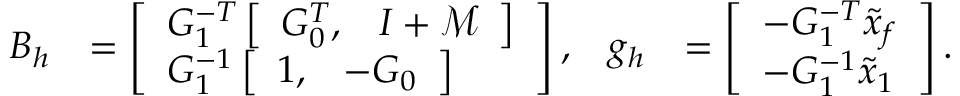
\begin{array} { r l r l } { B _ { h } } & { = \left[ \begin{array} { l } { G _ { 1 } ^ { - T } \left[ \begin{array} { l l } { G _ { 0 } ^ { T } , } & { I + \mathcal { M } } \end{array} \right] } \\ { G _ { 1 } ^ { - 1 } \left[ \begin{array} { l l } { 1 , } & { - G _ { 0 } } \end{array} \right] } \end{array} \right] , } & { g _ { h } } & { = \left[ \begin{array} { l } { - G _ { 1 } ^ { - T } \tilde { x } _ { f } } \\ { - G _ { 1 } ^ { - 1 } \tilde { x } _ { 1 } } \end{array} \right] . } \end{array}